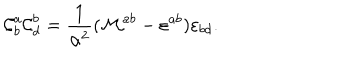
{ \cal C } _ { b } ^ { a } { \cal C } _ { d } ^ { b } = \frac { 1 } { \alpha ^ { 2 } } ( { \cal M } ^ { a b } - \varepsilon ^ { a b } ) \varepsilon _ { b d } .